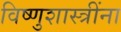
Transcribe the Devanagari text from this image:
विष्णुशास्त्रींना